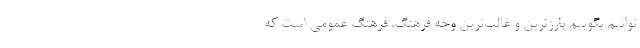
‌توانیم بگوییم بارزترین و غالب‌ترین وجه فرهنگ، فرهنگ عمومی است که